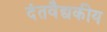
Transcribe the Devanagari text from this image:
दंतवैद्यकीय